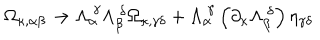
\Omega _ { \kappa , \alpha \beta } \rightarrow \Lambda _ { \alpha } ^ { \ \gamma } \Lambda _ { \beta } ^ { \ \delta } \Omega _ { \kappa , \gamma \delta } + \Lambda _ { \alpha } ^ { \ \gamma } \left( \partial _ { \kappa } \Lambda _ { \beta } ^ { \ \delta } \right) \eta _ { \gamma \delta }